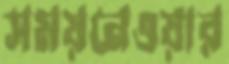
সময়নেওয়ার